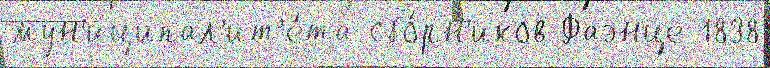
мун'иципал'ит'е́та сбо́рн'иков Фаэнце 1838